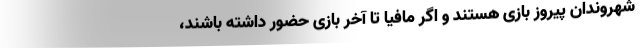
شهروندان پیروز بازی هستند و اگر مافیا تا آخر بازی حضور داشته باشند،